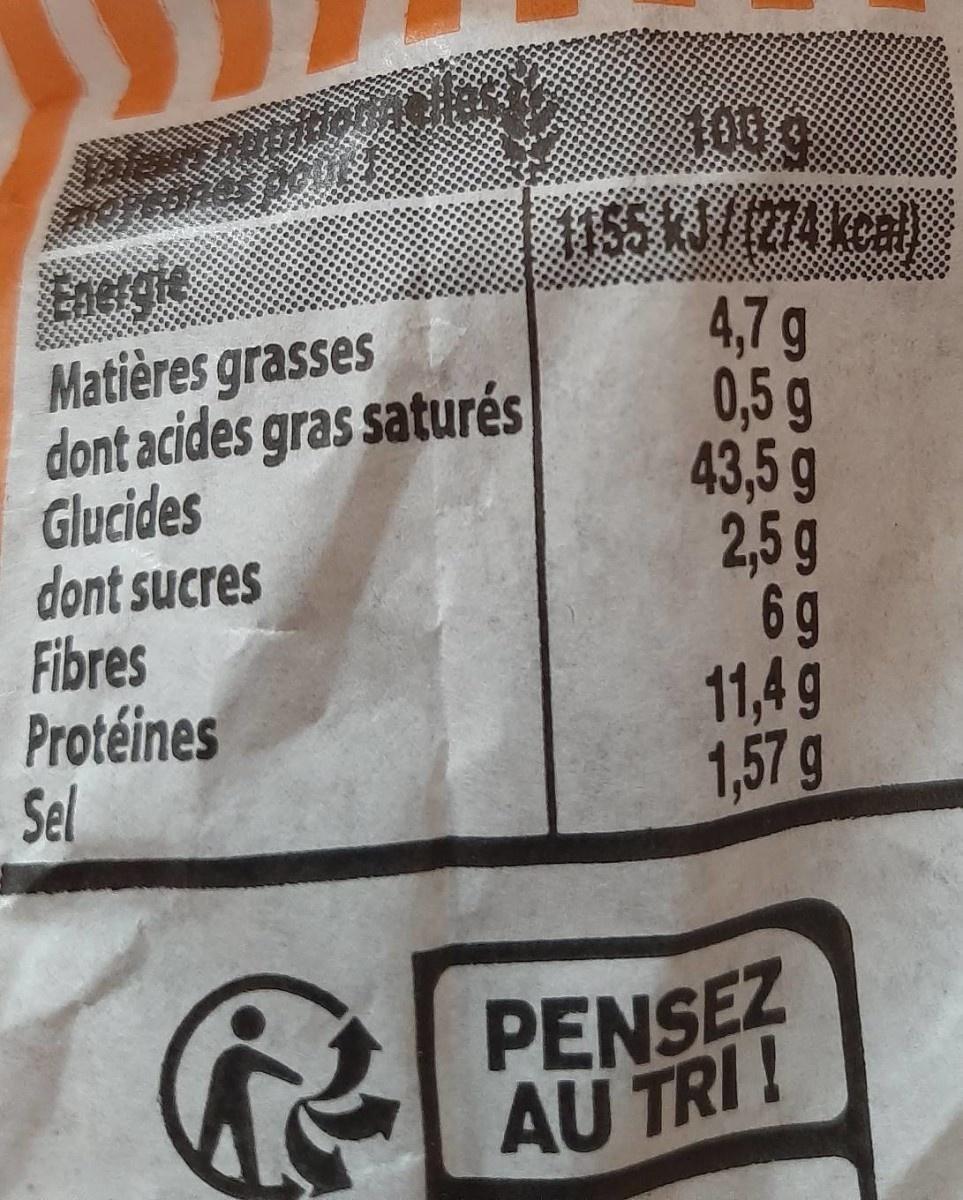
1651J//274 keal)
Energie
Matières grasses dont acides gras saturés Glucides dont sucres Fibres Protéines Sel
4,7 g 0,5 g 43,5g 2,5g 6 9 11,4 g 1,57 g
PENSEZ AU TRI!